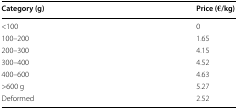
| Category (g) | Price (€/kg) |
 | --- | --- |
 | <100 | 0 |
 | 100–200 | 1.65 |
 | 200–300 | 4.15 |
 | 300–400 | 4.52 |
 | 400–600 | 4.63 |
 | >600 g | 5.27 |
 | Deformed | 2.52 |